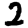
Digit: 2